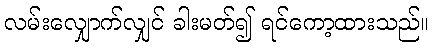
လမ်းလျှောက်လျှင် ခါးမတ်၍ ရင်ကော့ထားသည်။